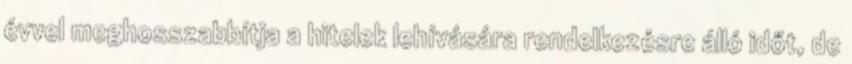
évvel meghosszabbítja a hitelek lehívására rendelkezésre álló időt, de